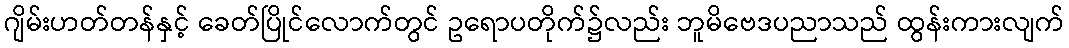
ဂျိမ်းဟတ်တန်နှင့် ခေတ်ပြိုင်လောက်တွင် ဥရောပတိုက်၌လည်း ဘူမိဗေဒပညာသည် ထွန်းကားလျက်